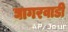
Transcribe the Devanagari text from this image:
घागरवाडी